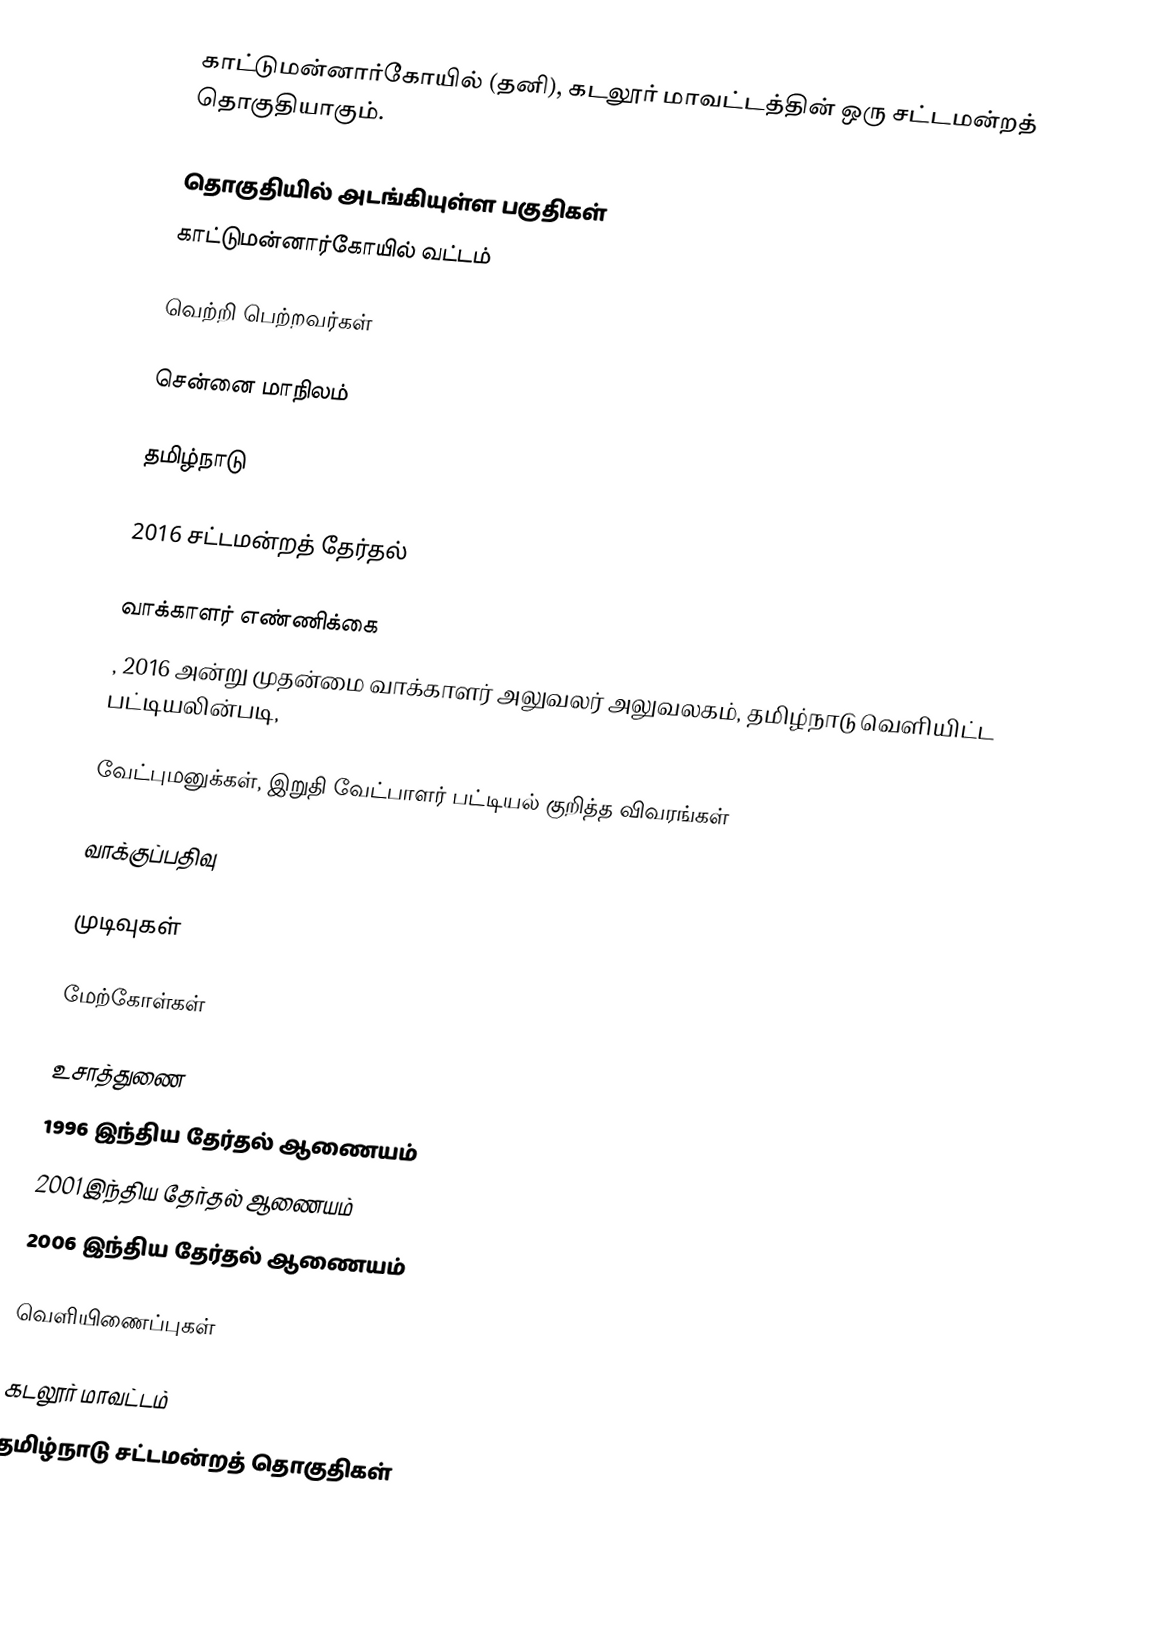
காட்டுமன்னார்கோயில் (தனி), கடலூர் மாவட்டத்தின் ஒரு சட்டமன்றத் தொகுதியாகும்.

தொகுதியில் அடங்கியுள்ள பகுதிகள்
காட்டுமன்னார்கோயில் வட்டம்

வெற்றி பெற்றவர்கள்

சென்னை மாநிலம்

தமிழ்நாடு

2016 சட்டமன்றத் தேர்தல்

வாக்காளர் எண்ணிக்கை
, 2016 அன்று முதன்மை வாக்காளர் அலுவலர் அலுவலகம், தமிழ்நாடு வெளியிட்ட பட்டியலின்படி,

வேட்புமனுக்கள், இறுதி வேட்பாளர் பட்டியல் குறித்த விவரங்கள்

வாக்குப்பதிவு

முடிவுகள்

மேற்கோள்கள்

உசாத்துணை
1996 இந்திய தேர்தல் ஆணையம்
2001 இந்திய தேர்தல் ஆணையம்
2006 இந்திய தேர்தல் ஆணையம்

வெளியிணைப்புகள்

கடலூர் மாவட்டம்
தமிழ்நாடு சட்டமன்றத் தொகுதிகள்